Reports on dispensaries and lunatic asylums in the Province of Oudh - 1869-1876
Year: 1869
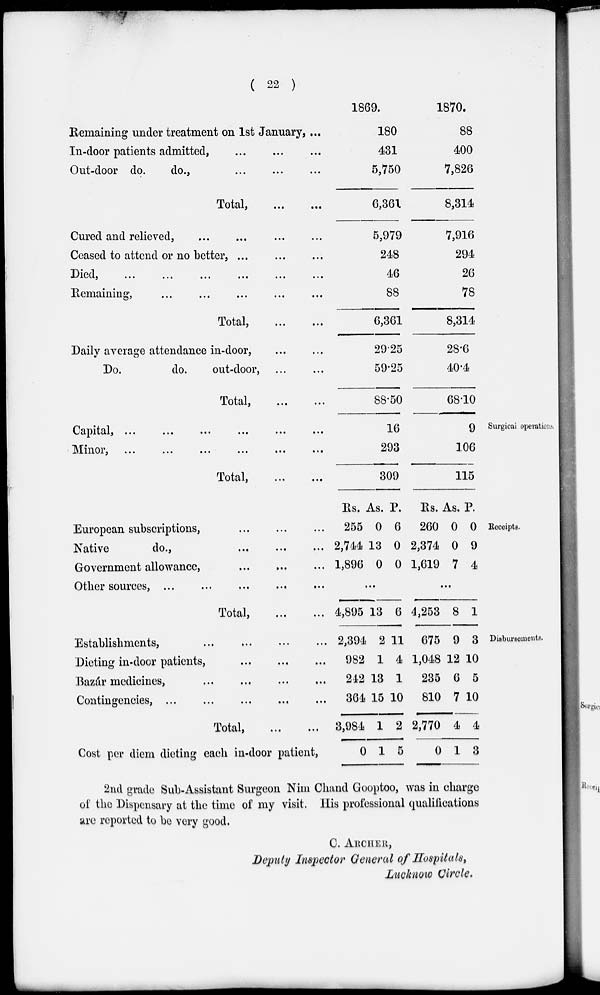
( 22 )
Remaining under treatment on 1st January, ...
In-door patients admitted, ... ... ...
Out-door do.
do.,
...
...
...
Total,
...
...
Cured and relieved,
...
...
...
...
Ceased to attend or no better,
...
...
...
Died,
...
...
...
...
...
...
Remaining,
...
...
...
...
...
...
Total,
...
...
Daily average attendance in-door, ... ...
Do.
do.
out-door, ... ...
Total,
...
...
1869.
180
431
5,750
6,361
5,979
248
46
88
6,361
29.25
59.25
88.50
1870.
88
400
7,826
8,314
7,916
294
26
78
8,314
28.6
40.4
68.10
Surgical operations.
Capital,
...
...
...
...
...
...
Minor,
...
...
...
...
...
...
Total, ... ...
16
293
309
9
106
115
Receipts.
European subscriptions,
...
...
...
Native
do., ... ... ...
Government allowance, ... ... ...
Other sources, ... ... ... ... ...
Total,
...
...
Rs.
255
2,744
1,896
As.
0
13
0
P.
6
0
0
...
4,895 13 6
Rs.
260
2,374
1,619
As.
0
0
7
P.
0
9
4
...
4,253 8 1
Disbursements.
Establishments,
... ... ... ...
Dieting in-door patients, ... ... ...
Bazár medicines,
...
...
...
...
Contingencies,
...
...
...
...
...
Total,
...
...
Cost per diem dieting each in-door patient,
2,394
982
242
364
3,984
0
2
1
13
15
1
1
11
4
1
10
2
5
675
1,048
235
810
2,770
0
9
12
6
7
4
1
3
10
5
10
4
3
2nd grade Sub-Assistant Surgeon Nim Chand Gooptoo, was in charge
of the Dispensary at the time of my visit. His professional qualifications
are reported to be very good.
C. ARCHER,
Deputy Inspector General of Hospitals,
Lucknow Circle.